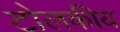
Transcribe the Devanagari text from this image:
टोलकीय